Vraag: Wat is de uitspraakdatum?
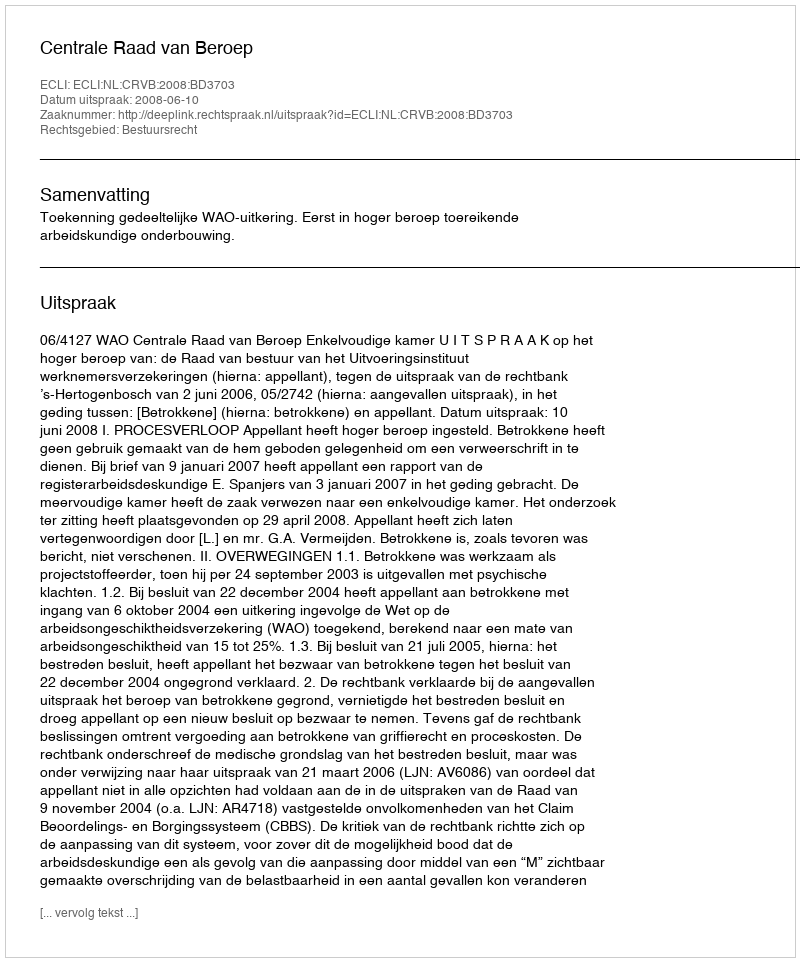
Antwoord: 2008-06-10